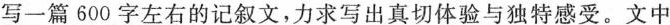
写一篇600字左右的记叙文，力求写出真切体验与独特感受。文中